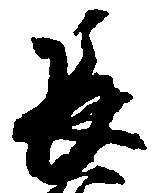
長